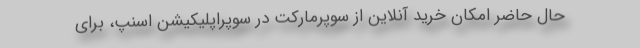
حال حاضر امکان خرید آنلاین از سوپرمارکت در سوپراپلیکیشن اسنپ، برای